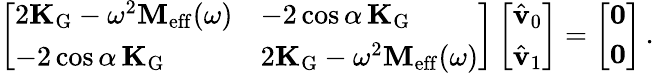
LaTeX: \left[\begin{array}{ll}{2\mathbf{K}_{\mathrm{G}}-\omega^{2}\mathbf{M}_{\mathrm{eff}}(\omega)}&{-2\cos\alpha\, \mathbf{K}_{\mathrm{G}}}\\ {-2\cos\alpha\, \mathbf{K}_{\mathrm{G}}}&{2\mathbf{K}_{\mathrm{G}}-\omega^{2}\mathbf{M}_{\mathrm{eff}}(\omega)}\end{array}\right]\left[\begin{array}{l}{\hat{\mathbf{v}}_{0}}\\ {\hat{\mathbf{v}}_{1}}\end{array}\right]=\left[\begin{array}{l}{\mathbf{0}}\\ {\mathbf{0}}\end{array}\right]\, .